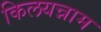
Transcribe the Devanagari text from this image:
किलयन्नाम